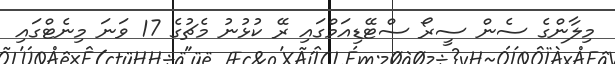
މިލާންގެ ސެން ސީރޯ ސްޓޭޑިއަމްގައި ރޭ ކުޅުނު މެޗުގެ 17 ވަނަ މިނެޓްގައި